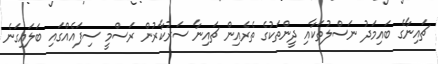
ޗައިނާގެ ބައިމަދު ނަސްލުތަކާއި ދީންތަކުގެ ތެރެއިން ޗައިނާ ސަރުކާރުން ރަސްމީ ސިފައެއްގައި ބަލައިގަނެ